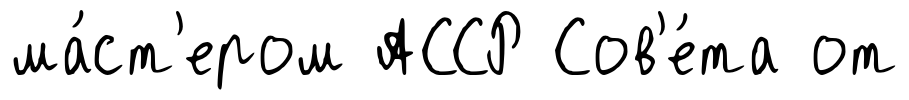
ма́ст'ером АССР Сов'е́та от